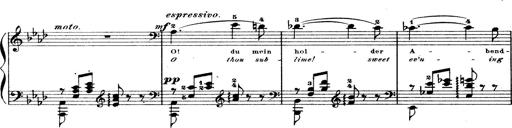
Title: Wagner-Liszt Album
Composer: Franz Liszt